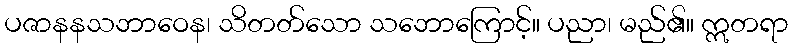
ပဇာနနသဘာဝေန၊ သိတတ်သော သဘောကြောင့်။ ပညာ၊ မည်၏။ ဣတရာ